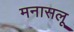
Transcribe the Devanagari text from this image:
मनासलू